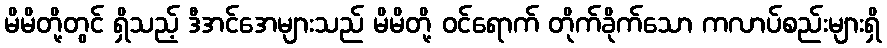
မိမိတို့တွင် ရှိသည့် ဒီအင်အေများသည် မိမိတို့ ဝင်ရောက် တိုက်ခိုက်သော ကလာပ်စည်းများရှိ